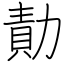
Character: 勣